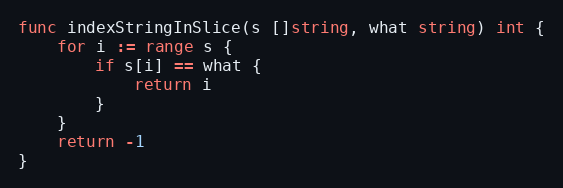
Language: Go
func indexStringInSlice(s []string, what string) int {
	for i := range s {
		if s[i] == what {
			return i
		}
	}
	return -1
}